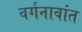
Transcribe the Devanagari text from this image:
वर्गनावांत